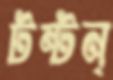
টন্টন্